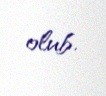
olub.